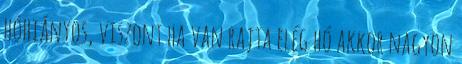
hóhiányos, viszont ha van rajta elég hó akkor nagyon